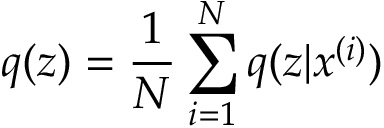
q ( \boldsymbol { z } ) = \frac { 1 } { N } \sum _ { i = 1 } ^ { N } q ( \boldsymbol { z } | \boldsymbol { x } ^ { ( i ) } )